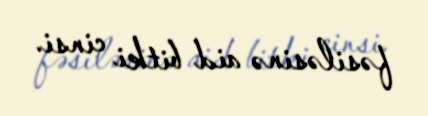
fəsiləsinə aid bitki cinsi.